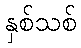
နှစ်သစ်